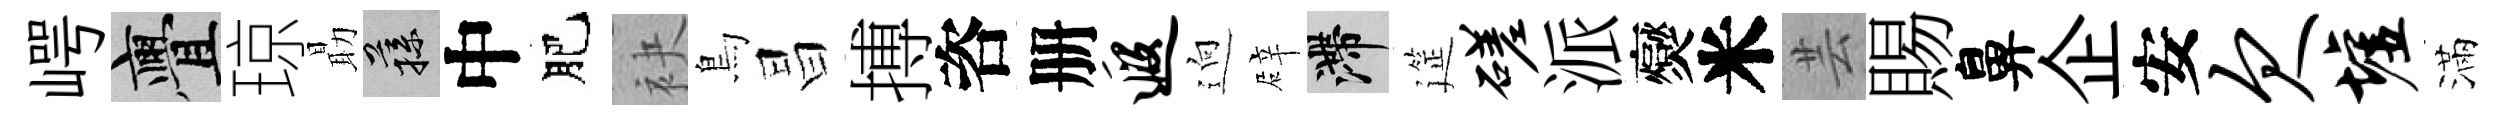
崿亹琼朂蓀中肥袂鳥昌搏咨册遐逈辟滯筵磋派爕米芸賜鼻企安欠墟滿